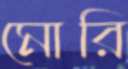
মোরি